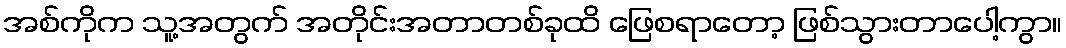
အစ်ကိုက သူ့အတွက် အတိုင်းအတာတစ်ခုထိ ဖြေစရာတော့ ဖြစ်သွားတာပေါ့ကွာ။